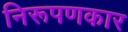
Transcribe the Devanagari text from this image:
निरूपणकार